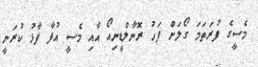
މެސީގެ ފުރަތަމަ ގޯލަށް ފަހު ރޮނާލްޑީނިއޯ އާއި މެސީ އުފާ ފާޅު ކުރަނީ